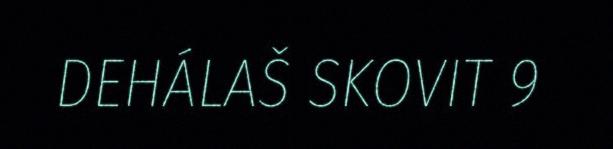
DEHÁLAŠ SKOVIT 9